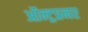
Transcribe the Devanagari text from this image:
ऑन्ट्रप्रनर